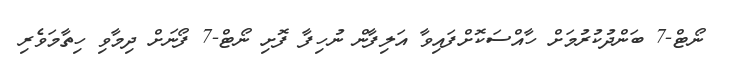
ނޯޓް-7 ބަންދުކުރުމަށް ހާއްސަކޮށްފައިވާ އަލިފާން ނުހިފާ ފޮށި ނޯޓް-7 ފޯނަށް ދިމާވި ހިތާމަވެރި